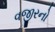
વજીરનો